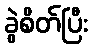
ခွဲစိတ်ပြီး